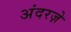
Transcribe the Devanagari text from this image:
अंदरज़े